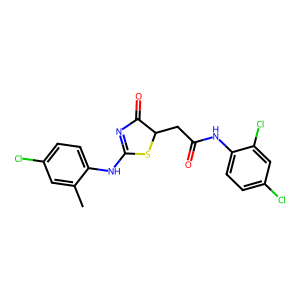
SMILES: Cc1cc(Cl)ccc1NC1=NC(=O)C(CC(=O)Nc2ccc(Cl)cc2Cl)S1
Inhibits HIV replication: No